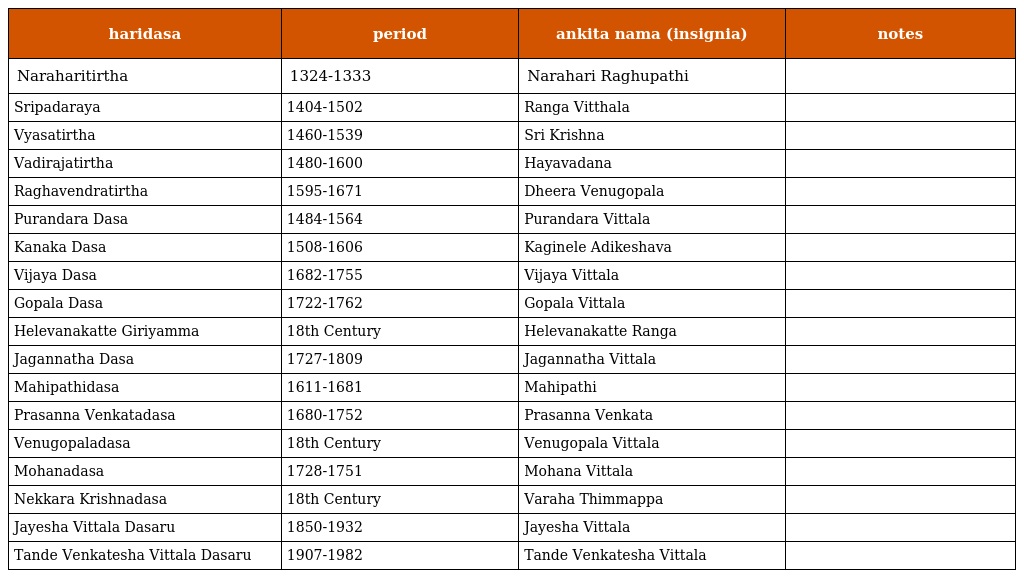
| haridasa | period | ankita nama (insignia) | notes |
 | --- | --- | --- | --- |
 | Naraharitirtha | 1324-1333 | Narahari Raghupathi |  |
 | Sripadaraya | 1404-1502 | Ranga Vitthala |  |
 | Vyasatirtha | 1460-1539 | Sri Krishna |  |
 | Vadirajatirtha | 1480-1600 | Hayavadana |  |
 | Raghavendratirtha | 1595-1671 | Dheera Venugopala |  |
 | Purandara Dasa | 1484-1564 | Purandara Vittala |  |
 | Kanaka Dasa | 1508-1606 | Kaginele Adikeshava |  |
 | Vijaya Dasa | 1682-1755 | Vijaya Vittala |  |
 | Gopala Dasa | 1722-1762 | Gopala Vittala |  |
 | Helevanakatte Giriyamma | 18th Century | Helevanakatte Ranga |  |
 | Jagannatha Dasa | 1727-1809 | Jagannatha Vittala |  |
 | Mahipathidasa | 1611-1681 | Mahipathi |  |
 | Prasanna Venkatadasa | 1680-1752 | Prasanna Venkata |  |
 | Venugopaladasa | 18th Century | Venugopala Vittala |  |
 | Mohanadasa | 1728-1751 | Mohana Vittala |  |
 | Nekkara Krishnadasa | 18th Century | Varaha Thimmappa |  |
 | Jayesha Vittala Dasaru | 1850-1932 | Jayesha Vittala |  |
 | Tande Venkatesha Vittala Dasaru | 1907-1982 | Tande Venkatesha Vittala |  |